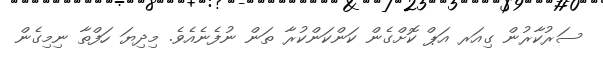
ސަރުކާރުން ގިއަރ އަޕް ކޮށްގެން ކަންކަންކުރާ ތަން ނުފެނެއެވެ. މިދިޔަ ހަފްތާ ނިމިގެން